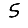
Digit: 5